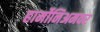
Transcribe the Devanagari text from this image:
हार्मोनिअमवर